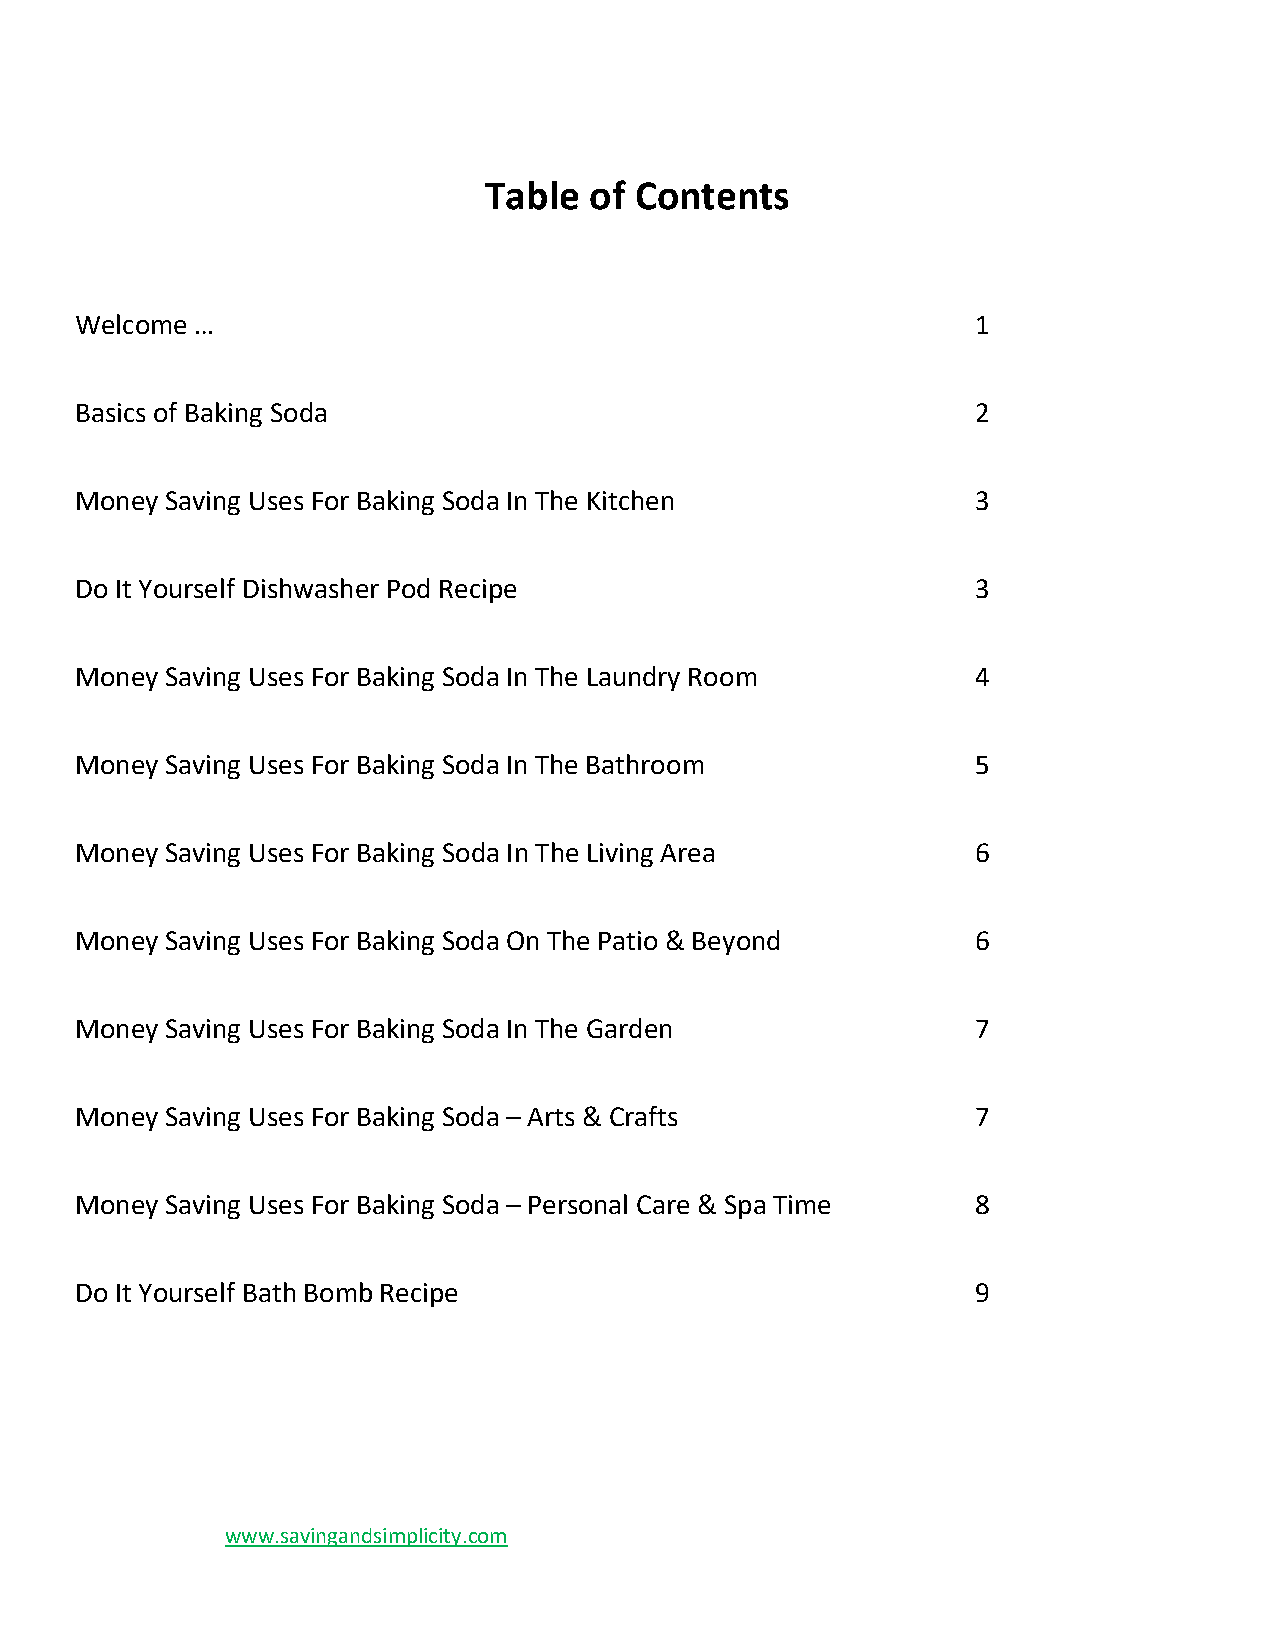
Table  of Contents
 Welcome …                                                   1
 Basics of Baking Soda                                       2
 Money Saving Uses For Baking Soda In The Kitchen            3
 Do It Yourself Dishwasher Pod Recipe                        3
 Money Saving Uses For Baking Soda In The Laundry Room       4
 Money Saving Uses For Baking Soda In The Bathroom           5
 Money Saving Uses For Baking Soda In The Living Area        6
 Money Saving Uses For Baking Soda On The Patio & Beyond     6
 Money Saving Uses For Baking Soda In The Garden             7
 Money Saving Uses For Baking Soda – Arts & Crafts           7
 Money Saving Uses For Baking Soda – Personal Care & Spa Time 8
 Do It Yourself Bath Bomb Recipe                             9
 www.savingandsimplicity.com